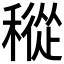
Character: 𥡬